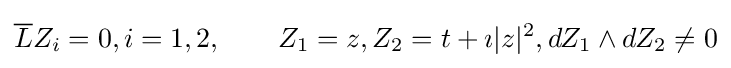
{\overline {L}}Z_{i}=0,i=1,2,\qquad Z_{1}=z,Z_{2}=t+\imath |z|^{2},dZ_{1}\wedge dZ_{2}\not =0